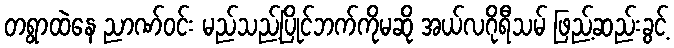
တရွာထဲနေ ညာဏ်ဝင်း မည်သည့်ပြိုင်ဘက်ကိုမဆို အယ်လဂိုရီသမ် ဖြည့်ဆည်းခွင့်